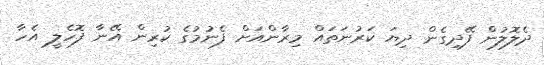
ދެލޮލުން ފޭދިގެން ދިޔަ ކަރުނަތައް މިރާންއަށް ފެނުމުގެ ކުރިން އޭނާ ފޮހެލީ އެހާ